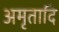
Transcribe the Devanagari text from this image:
अमृतादि